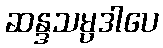
ဆန္ဒသမ္ပဒါပေ